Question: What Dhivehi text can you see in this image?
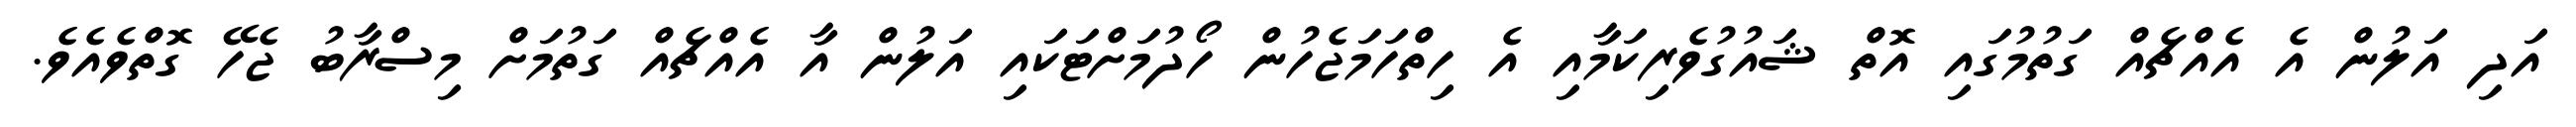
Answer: އަދި އަލުން އެ އެއްޗެއް ގަތުމުގައި އޮތް ޝައުގުވެރިކަމާއި އެ ހިތްހަމަޖެހުން ހޯދުމަށްޓަކައި އަލުން އާ އެއްޗެއް ގަތުމަށް މިސްރާބު ޖެހޭ ގޮތްވެއެވެ.